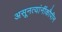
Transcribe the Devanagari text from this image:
असूनत्यांनींकौपीन